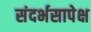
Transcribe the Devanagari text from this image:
संदर्भसापेक्ष